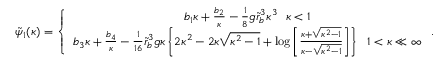
\begin{array} { r } { \tilde { \psi } _ { 1 } ( \kappa ) = \left\{ \begin{array} { c } { b _ { 1 } \kappa + \frac { b _ { 2 } } { \kappa } - \frac { 1 } { 8 } g \tilde { r } _ { b } ^ { 3 } \kappa ^ { 3 } ~ ~ \kappa < 1 } \\ { b _ { 3 } \kappa + \frac { b _ { 4 } } { \kappa } - \frac { 1 } { 1 6 } \tilde { r } _ { b } ^ { 3 } g \kappa \left\{ 2 \kappa ^ { 2 } - 2 \kappa \sqrt { \kappa ^ { 2 } - 1 } + \log \left[ \frac { \kappa + \sqrt { \kappa ^ { 2 } - 1 } } { \kappa - \sqrt { \kappa ^ { 2 } - 1 } } \right] \right\} ~ ~ 1 < \kappa \ll \infty } \end{array} \right. . } \end{array}